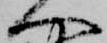
へ